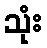
သုံး